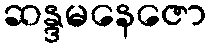
ဆန္ဒမနေဇော